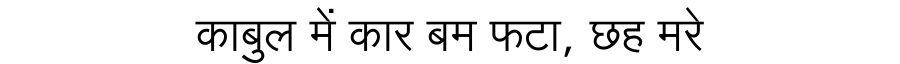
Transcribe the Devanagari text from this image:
काबुल में कार बम फटा, छह मरे